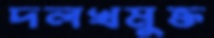
দলখমুক্ত